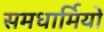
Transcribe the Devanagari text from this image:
समधार्मियों